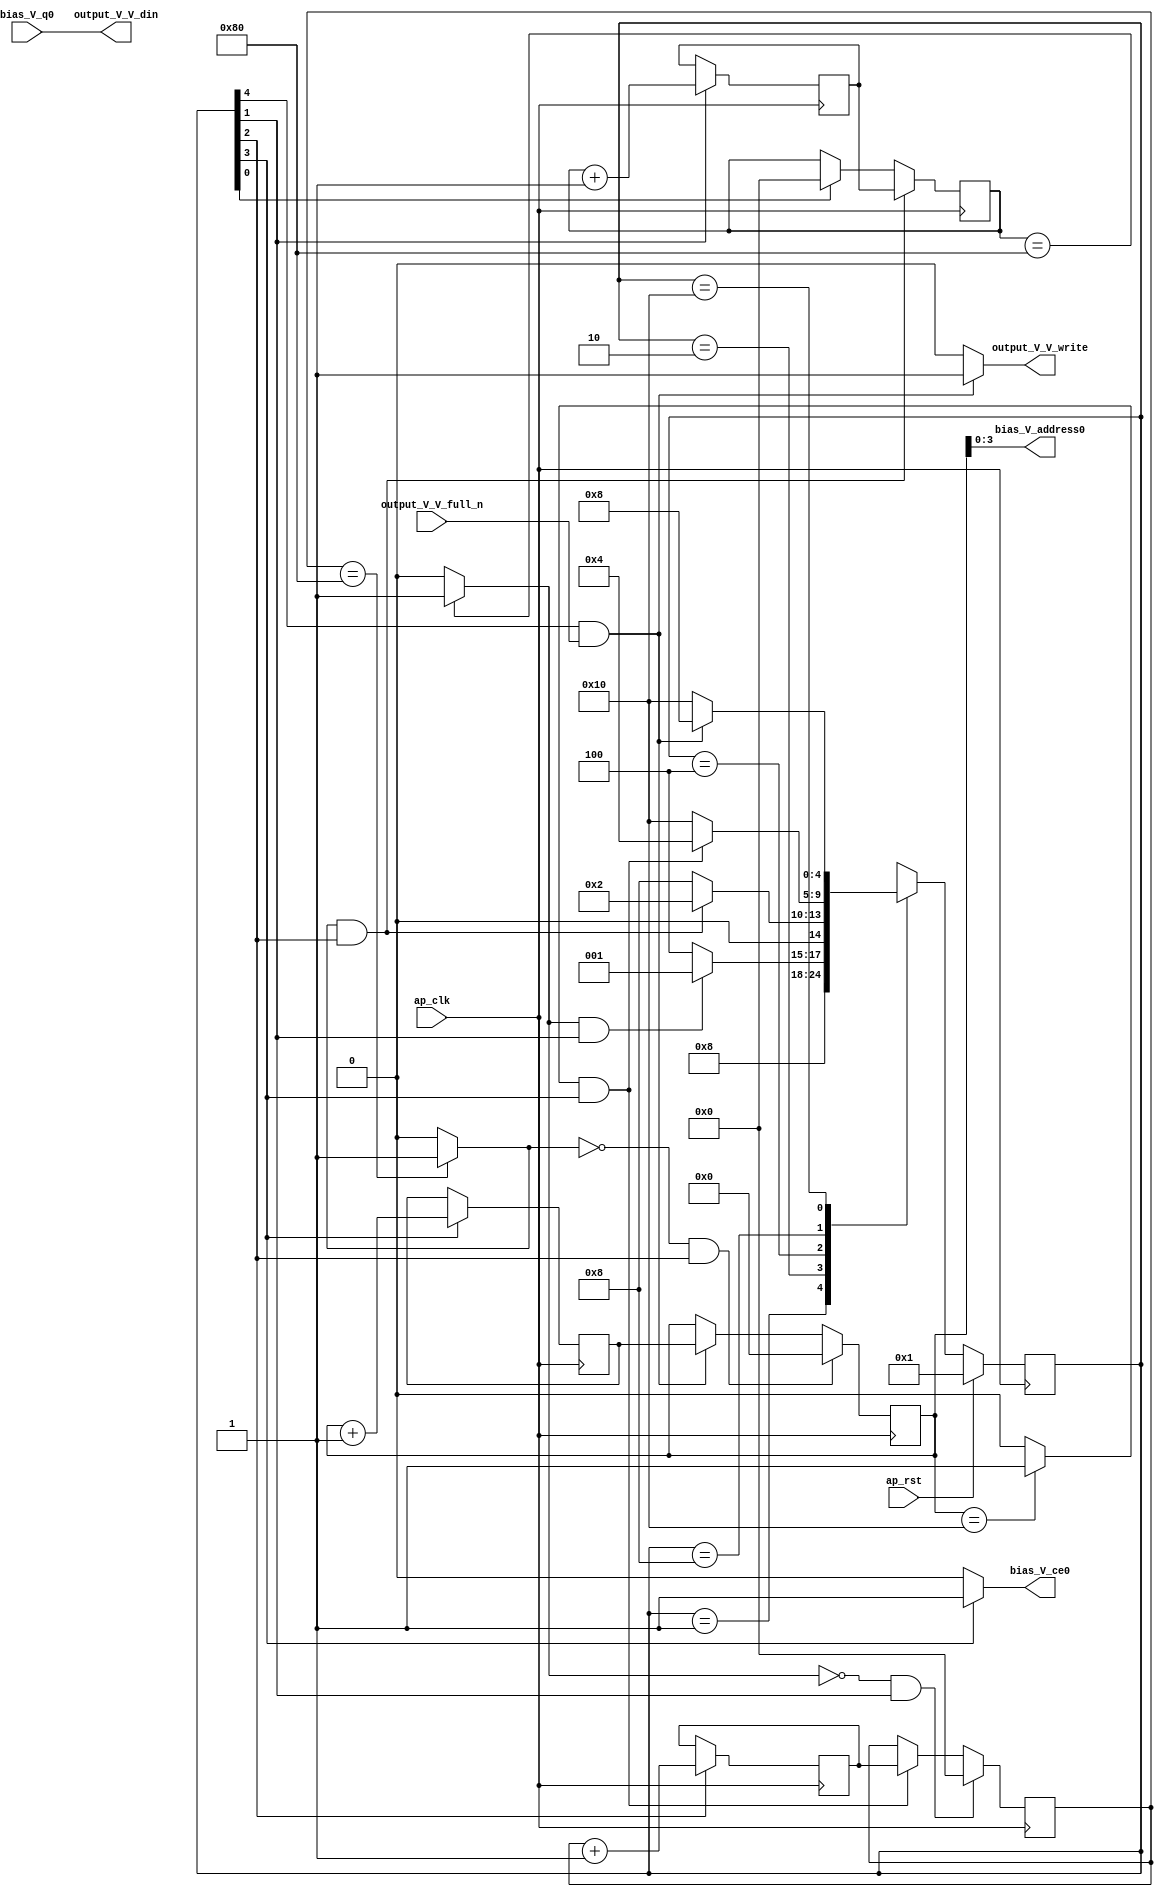
// ==============================================================
// RTL generated by Vivado(TM) HLS - High-Level Synthesis from C, C++ and SystemC
// Version: 2017.4
// Copyright (C) 1986-2017 Xilinx, Inc. All Rights Reserved.
// 
// ===========================================================

`timescale 1 ns / 1 ps 

(* CORE_GENERATION_INFO="bias_s_5,hls_ip_2017_4,{HLS_INPUT_TYPE=cxx,HLS_INPUT_FLOAT=0,HLS_INPUT_FIXED=1,HLS_INPUT_PART=xczu9eg-ffvb1156-2-e,HLS_INPUT_CLOCK=10.000000,HLS_INPUT_ARCH=others,HLS_SYN_CLOCK=2.515000,HLS_SYN_LAT=557313,HLS_SYN_TPT=none,HLS_SYN_MEM=0,HLS_SYN_DSP=0,HLS_SYN_FF=47,HLS_SYN_LUT=151}" *)

module bias_s_5 (
        ap_clk,
        ap_rst,
        output_V_V_din,
        output_V_V_full_n,
        output_V_V_write,
        bias_V_address0,
        bias_V_ce0,
        bias_V_q0
);

parameter    ap_ST_fsm_state1 = 5'd1;
parameter    ap_ST_fsm_state2 = 5'd2;
parameter    ap_ST_fsm_state3 = 5'd4;
parameter    ap_ST_fsm_state4 = 5'd8;
parameter    ap_ST_fsm_state5 = 5'd16;

input   ap_clk;
input   ap_rst;
output  [7:0] output_V_V_din;
input   output_V_V_full_n;
output   output_V_V_write;
output  [3:0] bias_V_address0;
output   bias_V_ce0;
input  [7:0] bias_V_q0;

reg output_V_V_write;
reg bias_V_ce0;

reg    output_V_V_blk_n;
(* fsm_encoding = "none" *) reg   [4:0] ap_CS_fsm;
wire    ap_CS_fsm_state5;
wire   [7:0] hout_1_fu_107_p2;
reg   [7:0] hout_1_reg_145;
wire    ap_CS_fsm_state2;
wire   [7:0] wout_1_fu_119_p2;
reg   [7:0] wout_1_reg_153;
wire    ap_CS_fsm_state3;
wire   [4:0] init_idx_1_fu_131_p2;
reg   [4:0] init_idx_1_reg_161;
wire    ap_CS_fsm_state4;
wire   [0:0] exitcond_fu_125_p2;
reg   [7:0] hout_reg_68;
wire    ap_CS_fsm_state1;
wire   [0:0] exitcond2_fu_113_p2;
reg   [7:0] wout_reg_79;
wire   [0:0] exitcond3_fu_101_p2;
reg   [4:0] init_idx_reg_90;
wire   [63:0] tmp_fu_137_p1;
reg   [4:0] ap_NS_fsm;

// power-on initialization
initial begin
#0 ap_CS_fsm = 5'd1;
end

always @ (posedge ap_clk) begin
    if (ap_rst == 1'b1) begin
        ap_CS_fsm <= ap_ST_fsm_state1;
    end else begin
        ap_CS_fsm <= ap_NS_fsm;
    end
end

always @ (posedge ap_clk) begin
    if (((exitcond2_fu_113_p2 == 1'd1) & (1'b1 == ap_CS_fsm_state3))) begin
        hout_reg_68 <= hout_1_reg_145;
    end else if ((1'b1 == ap_CS_fsm_state1)) begin
        hout_reg_68 <= 8'd0;
    end
end

always @ (posedge ap_clk) begin
    if (((exitcond2_fu_113_p2 == 1'd0) & (1'b1 == ap_CS_fsm_state3))) begin
        init_idx_reg_90 <= 5'd0;
    end else if (((1'b1 == ap_CS_fsm_state5) & (output_V_V_full_n == 1'b1))) begin
        init_idx_reg_90 <= init_idx_1_reg_161;
    end
end

always @ (posedge ap_clk) begin
    if (((exitcond3_fu_101_p2 == 1'd0) & (1'b1 == ap_CS_fsm_state2))) begin
        wout_reg_79 <= 8'd0;
    end else if (((exitcond_fu_125_p2 == 1'd1) & (1'b1 == ap_CS_fsm_state4))) begin
        wout_reg_79 <= wout_1_reg_153;
    end
end

always @ (posedge ap_clk) begin
    if ((1'b1 == ap_CS_fsm_state2)) begin
        hout_1_reg_145 <= hout_1_fu_107_p2;
    end
end

always @ (posedge ap_clk) begin
    if ((1'b1 == ap_CS_fsm_state4)) begin
        init_idx_1_reg_161 <= init_idx_1_fu_131_p2;
    end
end

always @ (posedge ap_clk) begin
    if ((1'b1 == ap_CS_fsm_state3)) begin
        wout_1_reg_153 <= wout_1_fu_119_p2;
    end
end

always @ (*) begin
    if ((1'b1 == ap_CS_fsm_state4)) begin
        bias_V_ce0 = 1'b1;
    end else begin
        bias_V_ce0 = 1'b0;
    end
end

always @ (*) begin
    if ((1'b1 == ap_CS_fsm_state5)) begin
        output_V_V_blk_n = output_V_V_full_n;
    end else begin
        output_V_V_blk_n = 1'b1;
    end
end

always @ (*) begin
    if (((1'b1 == ap_CS_fsm_state5) & (output_V_V_full_n == 1'b1))) begin
        output_V_V_write = 1'b1;
    end else begin
        output_V_V_write = 1'b0;
    end
end

always @ (*) begin
    case (ap_CS_fsm)
        ap_ST_fsm_state1 : begin
            ap_NS_fsm = ap_ST_fsm_state2;
        end
        ap_ST_fsm_state2 : begin
            if (((exitcond3_fu_101_p2 == 1'd1) & (1'b1 == ap_CS_fsm_state2))) begin
                ap_NS_fsm = ap_ST_fsm_state1;
            end else begin
                ap_NS_fsm = ap_ST_fsm_state3;
            end
        end
        ap_ST_fsm_state3 : begin
            if (((exitcond2_fu_113_p2 == 1'd1) & (1'b1 == ap_CS_fsm_state3))) begin
                ap_NS_fsm = ap_ST_fsm_state2;
            end else begin
                ap_NS_fsm = ap_ST_fsm_state4;
            end
        end
        ap_ST_fsm_state4 : begin
            if (((exitcond_fu_125_p2 == 1'd1) & (1'b1 == ap_CS_fsm_state4))) begin
                ap_NS_fsm = ap_ST_fsm_state3;
            end else begin
                ap_NS_fsm = ap_ST_fsm_state5;
            end
        end
        ap_ST_fsm_state5 : begin
            if (((1'b1 == ap_CS_fsm_state5) & (output_V_V_full_n == 1'b1))) begin
                ap_NS_fsm = ap_ST_fsm_state4;
            end else begin
                ap_NS_fsm = ap_ST_fsm_state5;
            end
        end
        default : begin
            ap_NS_fsm = 'bx;
        end
    endcase
end

assign ap_CS_fsm_state1 = ap_CS_fsm[32'd0];

assign ap_CS_fsm_state2 = ap_CS_fsm[32'd1];

assign ap_CS_fsm_state3 = ap_CS_fsm[32'd2];

assign ap_CS_fsm_state4 = ap_CS_fsm[32'd3];

assign ap_CS_fsm_state5 = ap_CS_fsm[32'd4];

assign bias_V_address0 = tmp_fu_137_p1;

assign exitcond2_fu_113_p2 = ((wout_reg_79 == 8'd128) ? 1'b1 : 1'b0);

assign exitcond3_fu_101_p2 = ((hout_reg_68 == 8'd128) ? 1'b1 : 1'b0);

assign exitcond_fu_125_p2 = ((init_idx_reg_90 == 5'd16) ? 1'b1 : 1'b0);

assign hout_1_fu_107_p2 = (hout_reg_68 + 8'd1);

assign init_idx_1_fu_131_p2 = (init_idx_reg_90 + 5'd1);

assign output_V_V_din = bias_V_q0;

assign tmp_fu_137_p1 = init_idx_reg_90;

assign wout_1_fu_119_p2 = (wout_reg_79 + 8'd1);

endmodule //bias_s_5